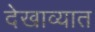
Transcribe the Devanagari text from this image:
देखाव्यात